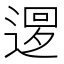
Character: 𨕔